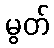
မွတ်